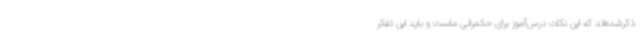
ذکرشده‌اند که این نکات درس‌آموز برای حکمرانی ماست و باید این تفکر